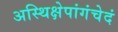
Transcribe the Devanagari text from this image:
अस्थिक्षेपांगंचेदं